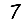
Digit: 7